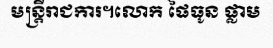
មន្ត្រីរាជការ។លោក ផៃធូន ផ្លាម